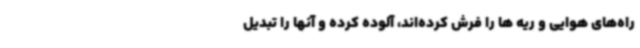
راه‌های هوایی و ریه ها را فرش کرده‌اند، آلوده کرده و آنها را تبدیل